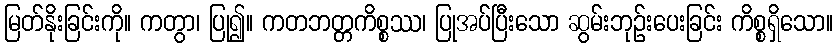
မြတ်နိုးခြင်းကို။ ကတွာ၊ ပြု၍။ ကတဘတ္တကိစ္စဿ၊ ပြုအပ်ပြီးသော ဆွမ်းဘုဉ်းပေးခြင်း ကိစ္စရှိသော။